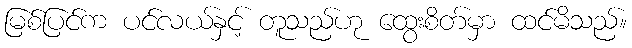
မြစ်ပြင်က ပင်လယ်နှင့် တူသည်ဟု ထွေးစိတ်မှာ ထင်မိသည်။